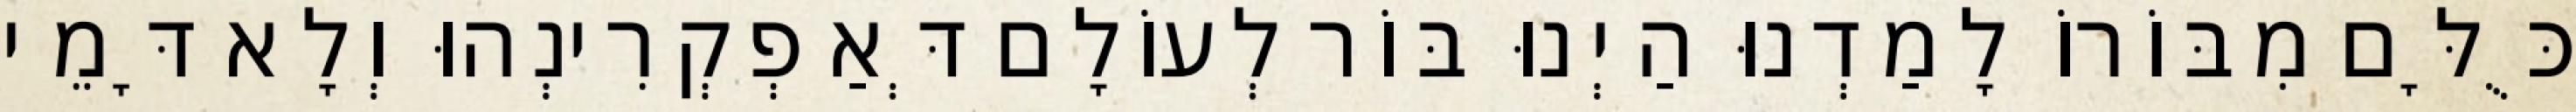
כֻּלָּם מִבּוֹרוֹ לָמַדְנוּ הַיְנוּ בּוֹר לְעוֹלָם דְּאַפְקְרִינְהוּ וְלָא דָּמֵי